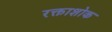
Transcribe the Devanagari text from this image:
रक्ताशोक